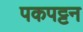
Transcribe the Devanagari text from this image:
पकपट्टन